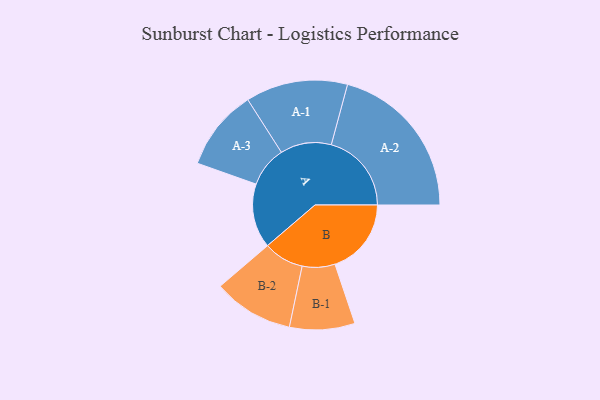
{"axis": {"x": "Segment", "y": "Value"}, "legend": ["", "A", "B"], "data": [{"x": "A", "y": 203, "type": ""}, {"x": "B", "y": 241, "type": ""}, {"x": "A-1", "y": 161, "type": "A"}, {"x": "A-2", "y": 253, "type": "A"}, {"x": "A-3", "y": 128, "type": "A"}, {"x": "B-1", "y": 103, "type": "B"}, {"x": "B-2", "y": 127, "type": "B"}]}